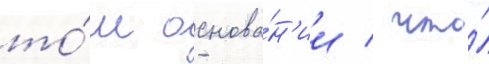
то́м основа́н'ии / что́